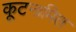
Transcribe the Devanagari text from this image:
कूटनामित